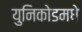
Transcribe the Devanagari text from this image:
युनिकोडमधे